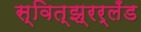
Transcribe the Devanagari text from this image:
स्वित्झ्रर्लँड